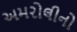
અમરોલીનો